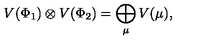
V ( \Phi _ { 1 } ) \otimes V ( \Phi _ { 2 } ) = \bigoplus _ { \mu } V ( \mu ) ,